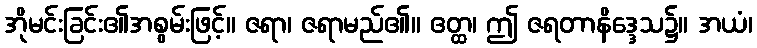
အိုမင်းခြင်း၏အစွမ်းဖြင့်။ ဇရာ၊ ဇရာမည်၏။ ဧတ္ထ၊ ဤ ဇရတာနိဒ္ဒေသ၌။ အယံ၊